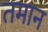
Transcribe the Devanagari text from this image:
तमान